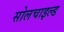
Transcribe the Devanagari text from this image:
सोलचाइल्ड